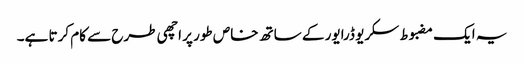
یہ ایک مضبوط سکریو ڈرایور کے ساتھ خاص طور پر اچھی طرح سے کام کرتا ہے۔